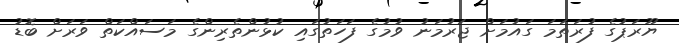
ޔޫރަޕުގެ ފުރަތަމަ ގައުމަށް ޖަރުމަނު ވުމުގެ ފަހަތުގައި ކުޅުންތެރިންގެ މަސައްކަތް ވަރަށް ބޮޑު